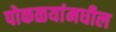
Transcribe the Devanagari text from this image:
पोकळयांमधील